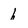
Character: h